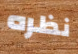
نظره